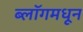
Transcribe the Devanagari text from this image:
ब्लॉगमधून